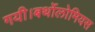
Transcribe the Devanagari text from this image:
गयी।बर्थोलोमियस